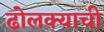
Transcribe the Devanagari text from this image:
ढोलक्याची